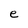
Character: e